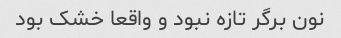
نون برگر تازه نبود و واقعا خشک بود